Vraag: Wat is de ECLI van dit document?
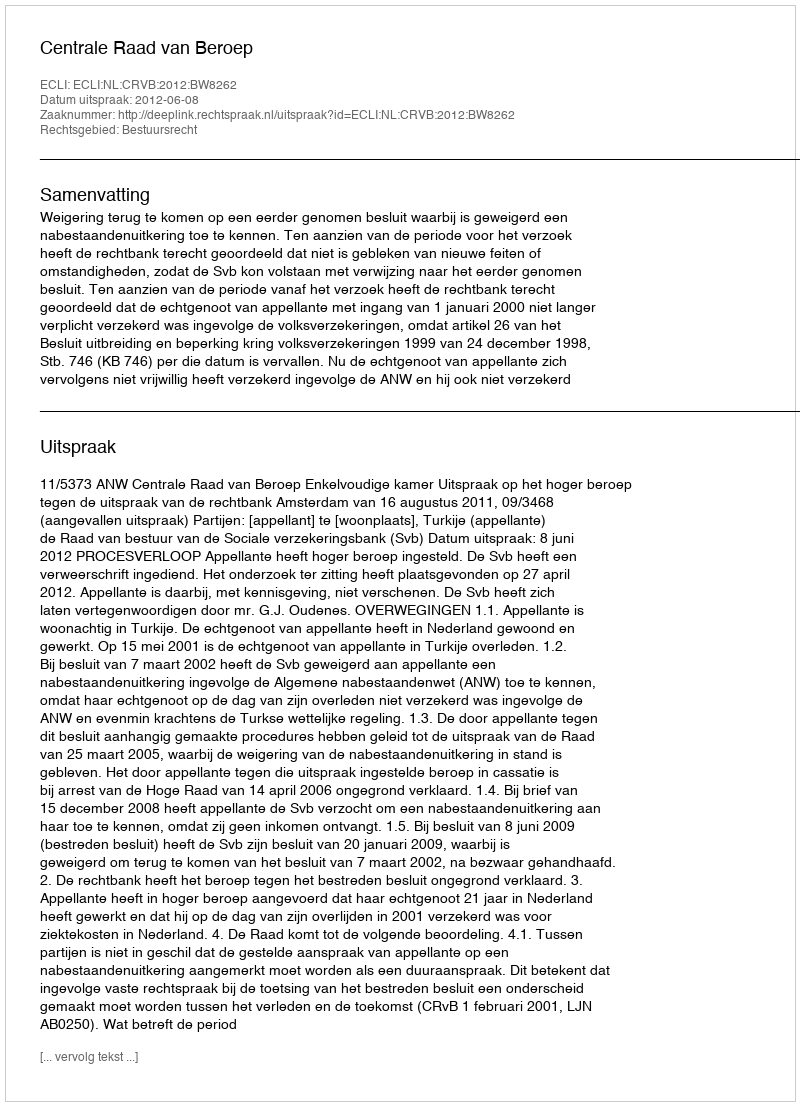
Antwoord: ECLI:NL:CRVB:2012:BW8262